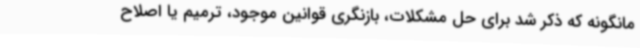
مانگونه که ذکر شد برای حل مشکلات، بازنگری قوانین موجود، ترمیم یا اصلاح